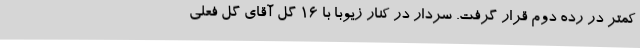
کمتر در رده دوم قرار گرفت. سردار در کنار زیوبا با ۱۶ گل آقای گل فعلی